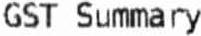
GST SUMMARY